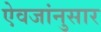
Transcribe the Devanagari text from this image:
ऐवजांनुसार